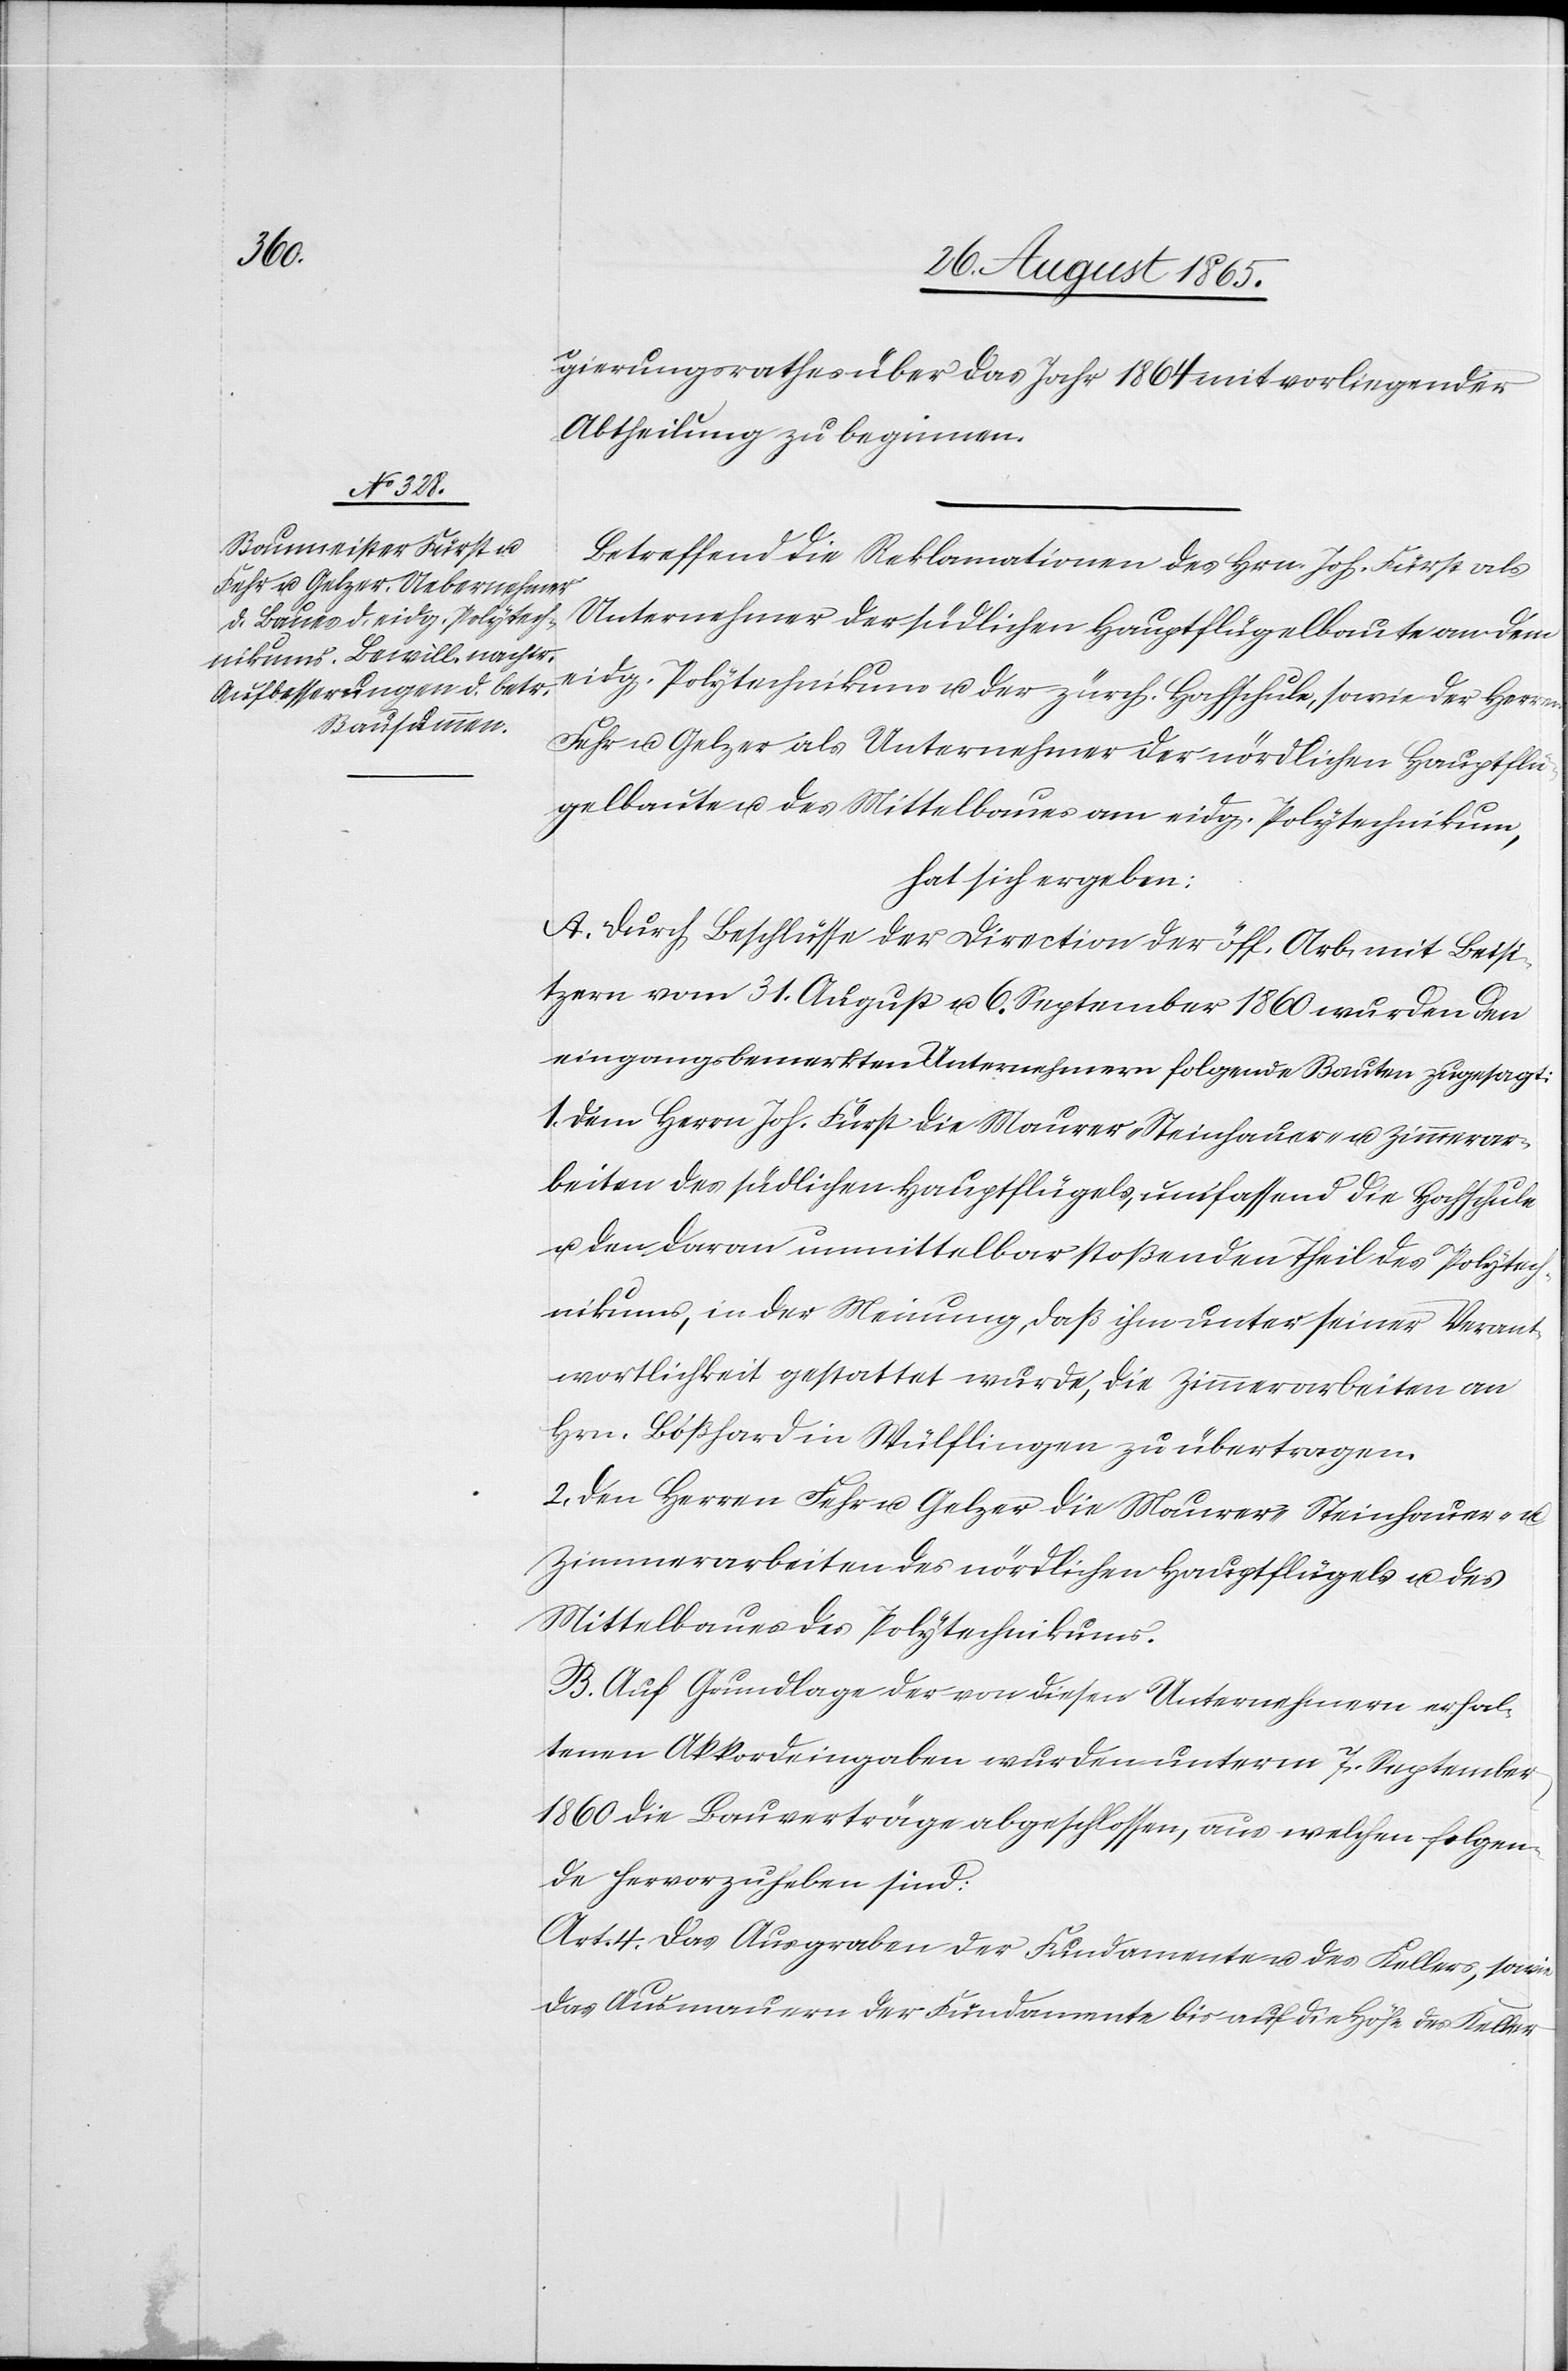
gierungsrathes über das Jahr 1864 mit vorliegender
Abtheilung zu beginnen.